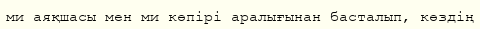
ми аяқшасы мен ми көпірі аралығынан басталып, көздің